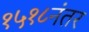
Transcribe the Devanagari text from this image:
१५१८नंतर